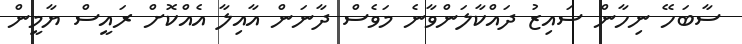
ސާބަހޭ ނިހާން ސައިޒު ދައްކާލަންވާނެ މަވެސް ދާނަން އާއިލާ އެއްކޮށް ރައީސް ޔާމީން